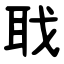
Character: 聀